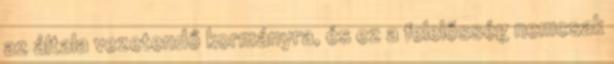
az általa vezetendő kormányra, és ez a felelősség nemcsak